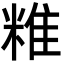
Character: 䊒